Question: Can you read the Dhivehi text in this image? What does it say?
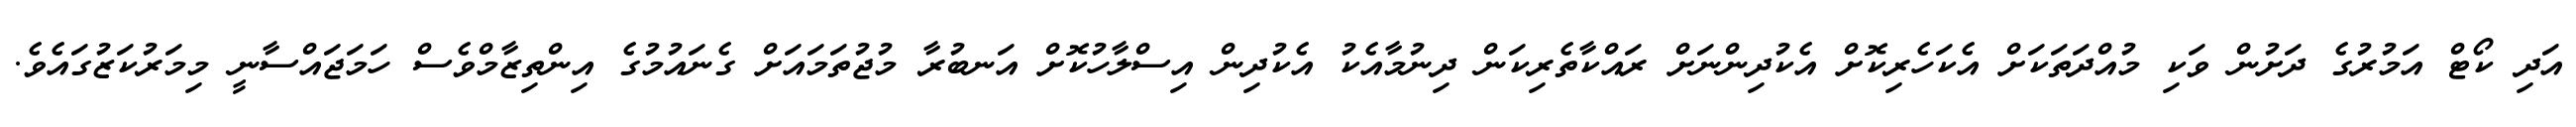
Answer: އަދި ކޯޓް އަމުރުގެ ދަށުން ވަކި މުއްދަތަކަށް އެކަހެރިކޮށް އެކުދިންނަށް ރައްކާތެރިކަން ދިނުމާއެކު އެކުދިން އިސްލާހުކޮށް އަނބުރާ މުޖުތަމައަށް ގެނައުމުގެ އިންތިޒާމްވެސް ހަމަޖައްސާނީ މިމަރުކަޒުގައެވެ.